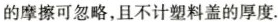
的摩擦可忽略，且不计塑料盖的厚度.